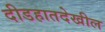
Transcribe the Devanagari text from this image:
दीडहातदेखील